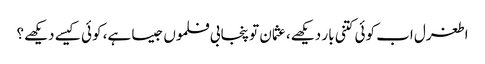
اطغرل اب کوئی کتنی بار دیکھے، عثمان تو پنجابی فلموں جیسا ہے، کوئی کیسے دیکھے؟